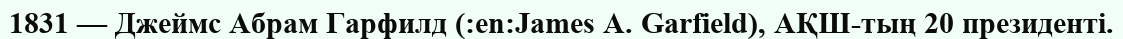
1831 — Джеймс Абрам Гарфилд (:en:James A. Garfield), АҚШ-тың 20 президенті.